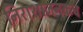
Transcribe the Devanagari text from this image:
निराशाजनकच